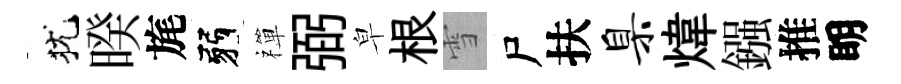
犹暌旄弱禪弼皁根雪尸扶臬煒鏹推眀